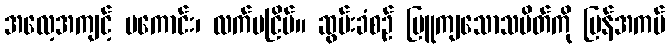
အလေ့အကျင့် မကောင်း၊ လက်မငြိမ်။ ဆွမ်းခံစဉ် မြူကျသောသပိတ်ကို ပြန်အကပ်